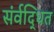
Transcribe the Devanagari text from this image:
संर्वद्धित